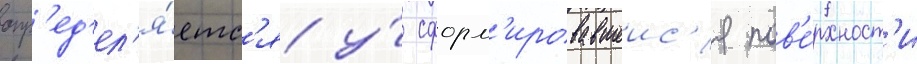
опр'ед'ел'я́етс'я у́ сформ'ировавшеис'я пов'е́рхност'и